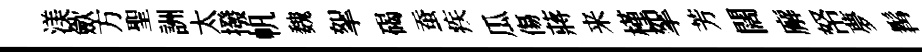
渼歛方聖詶太撥帆魏挐碣蚕疾瓜傷蔣来槿挐芳闊廨帑夢髯